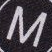
M